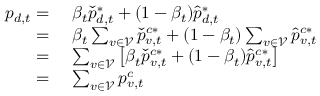
\begin{array} { r l } { p _ { d , t } = ~ } & { \beta _ { t } \check { p } _ { d , t } ^ { * } + ( 1 - \beta _ { t } ) \hat { p } _ { d , t } ^ { * } } \\ { = ~ } & { \beta _ { t } \sum _ { v \in \mathcal { V } } \check { p } _ { v , t } ^ { c * } + ( 1 - \beta _ { t } ) \sum _ { v \in \mathcal { V } } \hat { p } _ { v , t } ^ { c * } } \\ { = ~ } & { \sum _ { v \in \mathcal { V } } \left[ \beta _ { t } \check { p } _ { v , t } ^ { c * } + ( 1 - \beta _ { t } ) \hat { p } _ { v , t } ^ { c * } \right] } \\ { = ~ } & { \sum _ { v \in \mathcal { V } } p _ { v , t } ^ { c } } \end{array}